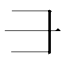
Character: ⺕